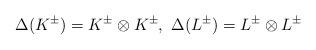
LaTeX: \begin{align*}\Delta(K^{\pm})=K^{\pm}\otimes K^{\pm},\ \Delta(L^{\pm})=L^{\pm}\otimes L^{\pm}\end{align*}